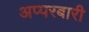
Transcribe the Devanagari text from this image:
अप्परबारी